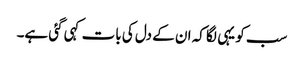
سب کو یہی لگا کہ ان کے دل کی بات کہی گئی ہے۔